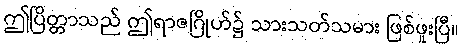
ဤပြိတ္တာသည် ဤရာဇဂြိုဟ်၌ သားသတ်သမား ဖြစ်ဖူးပြီ။